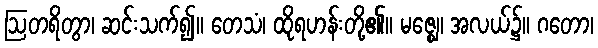
ဩတရိတွာ၊ ဆင်းသက်၍။ တေသံ၊ ထိုရဟန်းတို့၏။ မဇ္ဈေ၊ အလယ်၌။ ဂတော၊